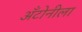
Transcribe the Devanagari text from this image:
अँटोनीला